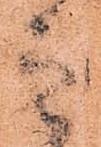
き